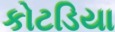
કોટડિયા